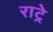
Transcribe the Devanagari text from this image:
राट्रे